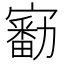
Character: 𡫘